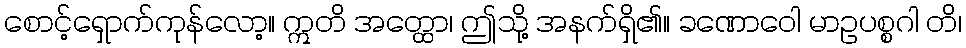
စောင့်ရှောက်ကုန်လော့။ ဣတိ အတ္ထော၊ ဤသို့ အနက်ရှိ၏။ ခဏောဝေါ မာဥပစ္စဂါ တိ၊